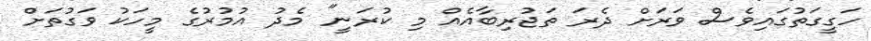
ހަގީގަތުގައިވެސް ވަރަށް ދެރަ ތަޖުރިބާއެއް މި ކުރަނީ" މެދު އުމުރުގެ މީހަކު ވަގުތަށް